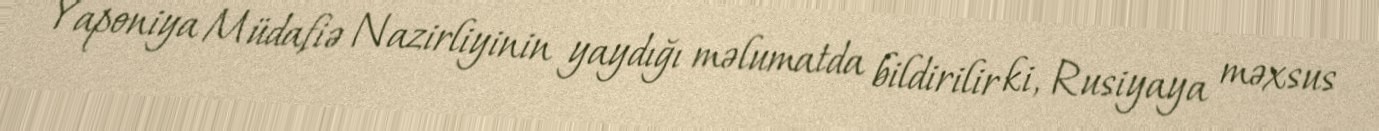
Yaponiya Müdafiə Nazirliyinin yaydığı məlumatda bildirilir ki, Rusiyaya məxsus